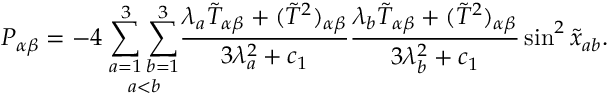
P _ { \alpha \beta } = - 4 \; \underset { a < b } { \sum _ { a = 1 } ^ { 3 } \sum _ { b = 1 } ^ { 3 } } \frac { \lambda _ { a } \tilde { T } _ { \alpha \beta } + ( \tilde { T } ^ { 2 } ) _ { \alpha \beta } } { 3 \lambda _ { a } ^ { 2 } + c _ { 1 } } \frac { \lambda _ { b } \tilde { T } _ { \alpha \beta } + ( \tilde { T } ^ { 2 } ) _ { \alpha \beta } } { 3 \lambda _ { b } ^ { 2 } + c _ { 1 } } \sin ^ { 2 } \tilde { x } _ { a b } .